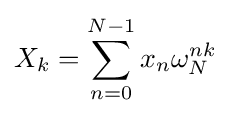
X_{k}=\sum _{n=0}^{N-1}x_{n}\omega _{N}^{nk}